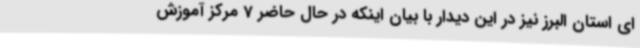
ای استان البرز نیز در این دیدار با بیان اینکه در حال حاضر 7 مرکز آموزش